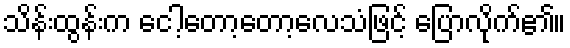
သိန်းထွန်းက ငေါ့တော့တော့လေသံဖြင့် ပြောလိုက်၏။